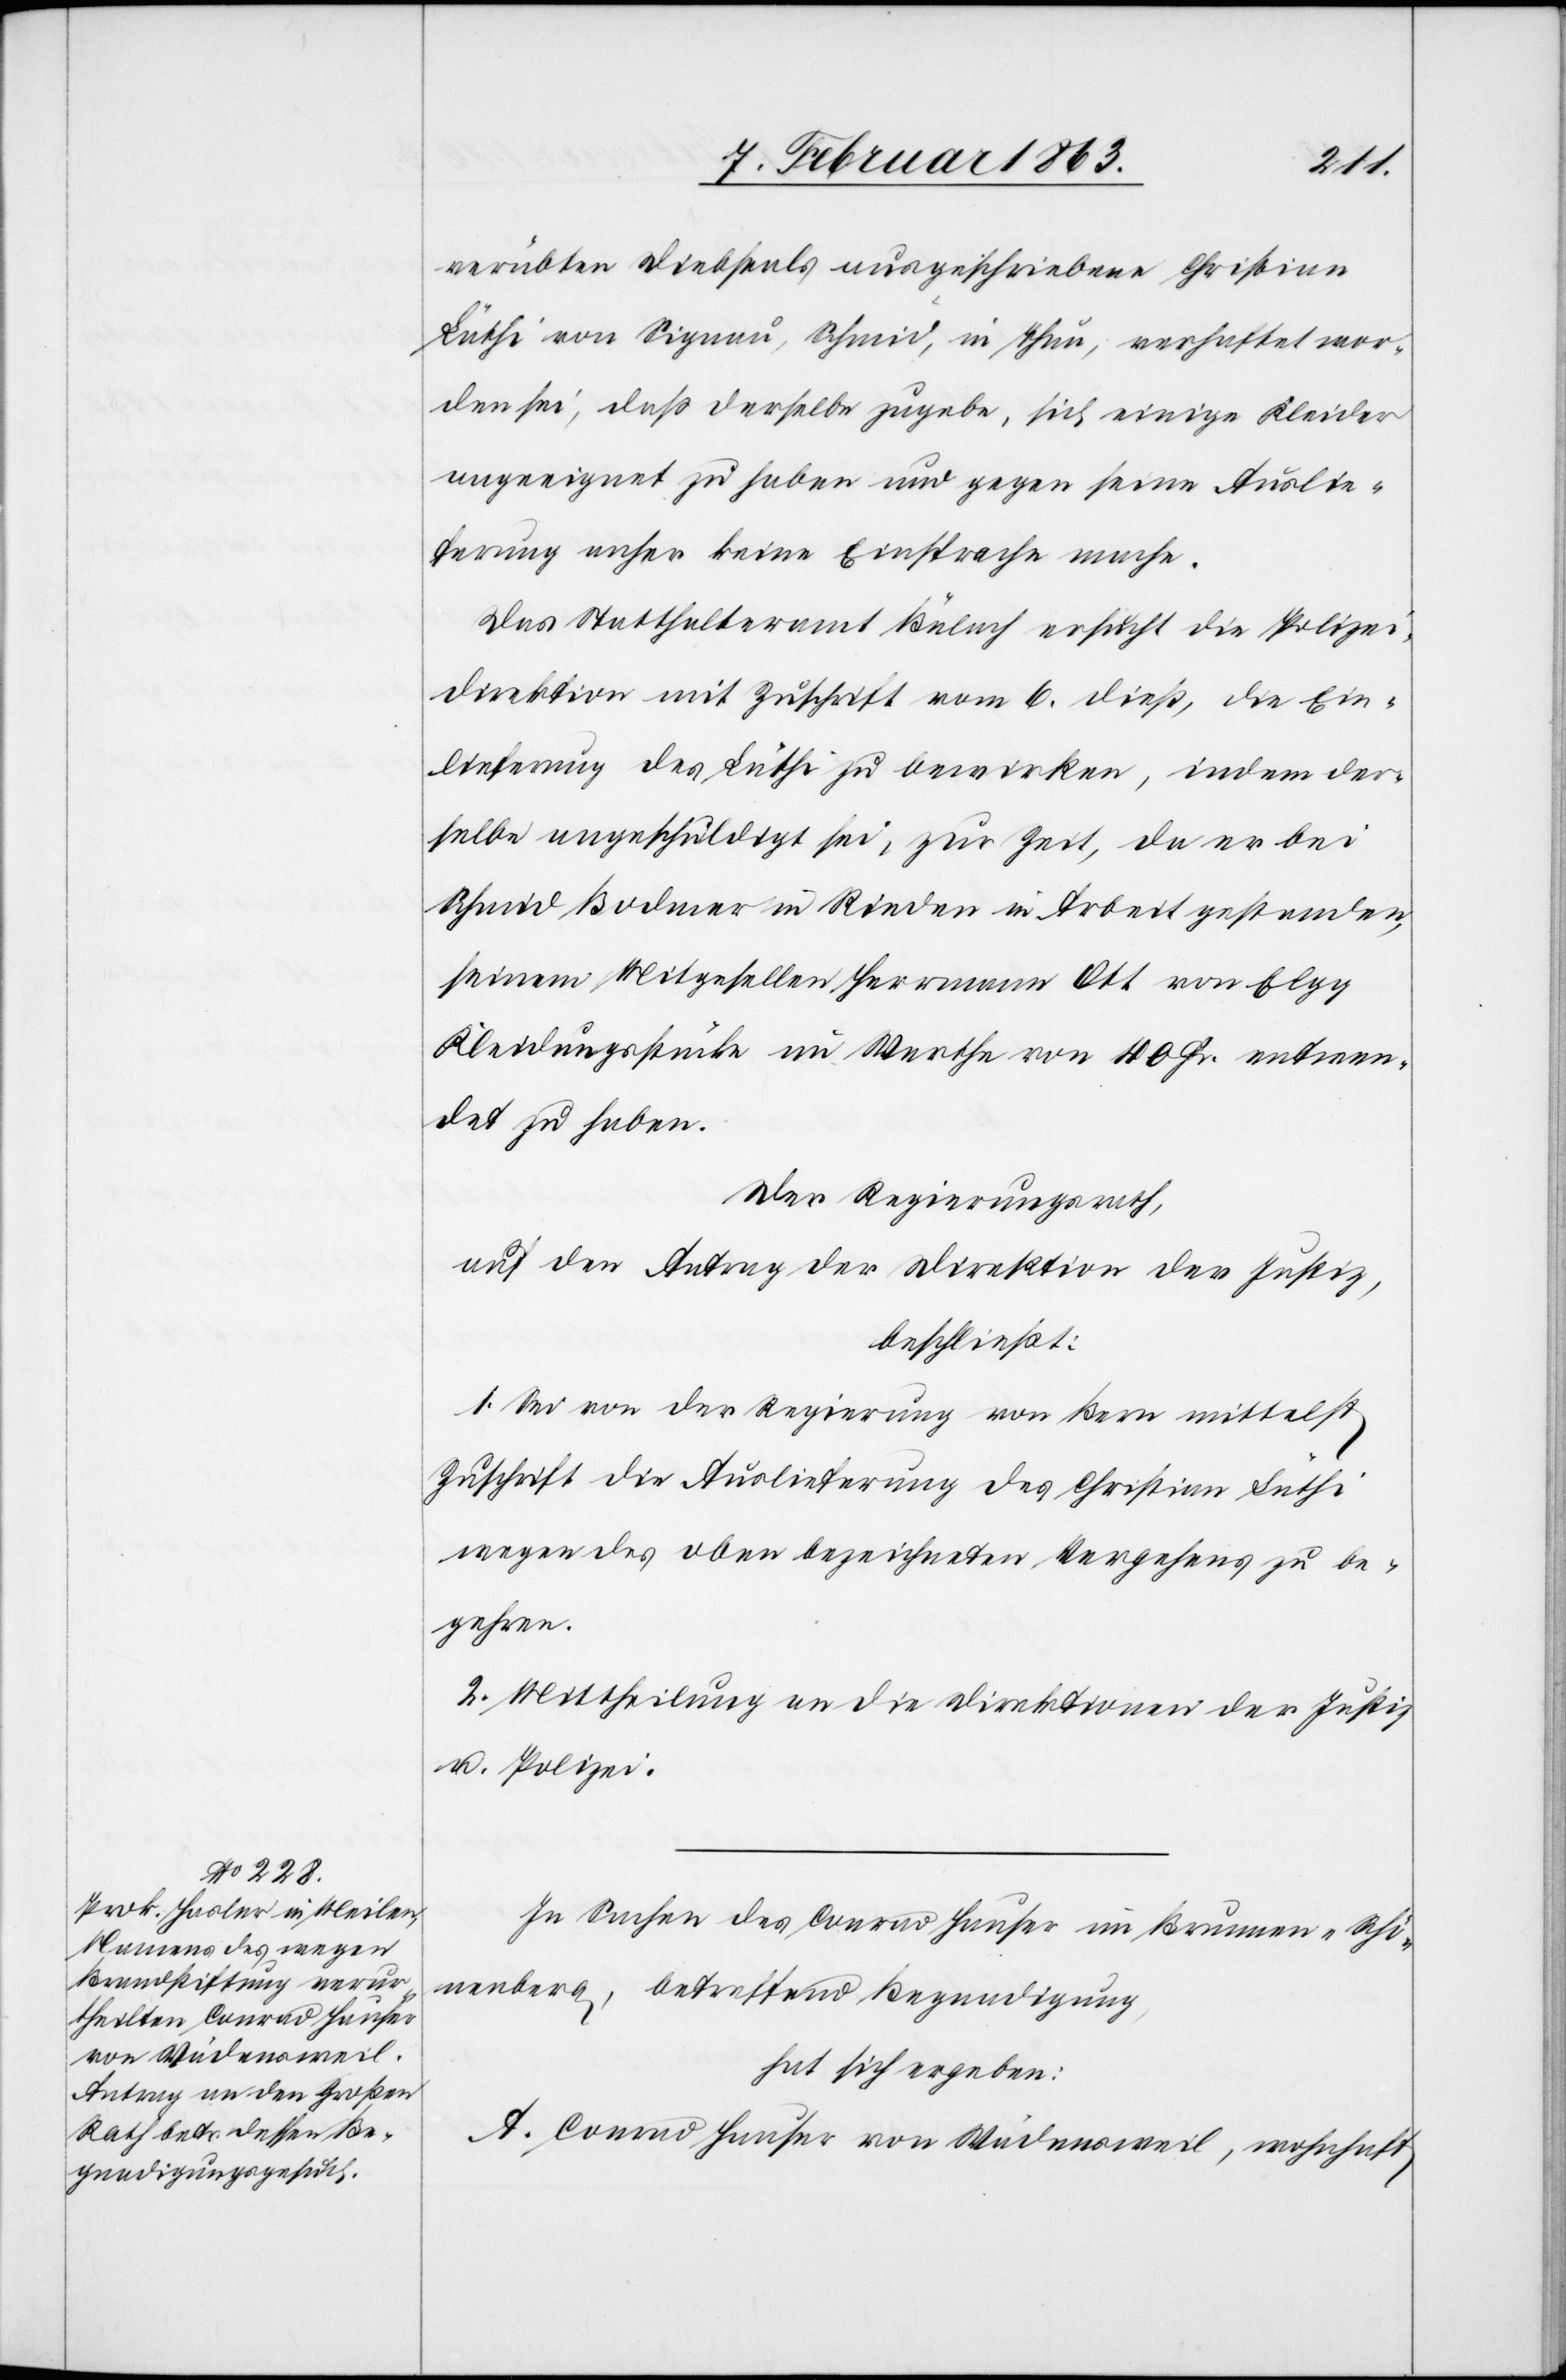
verübten Diebstals ausgeschriebene Christian
Lüthi von Signau, Schmid, in Thun, verhaftet wor¬
den sei, daß derselbe zugebe, sich einige Kleider
angeeignet zu haben und gegen seine Auslie¬
ferung anher keine Einsprache mache.
Das Statthalteramt Bülach ersucht die Polizei¬
direktion mit Zuschrift vom 6. dieß, die Ein¬
lieferung des Lüthi zu bewirken, indem der¬
selbe angeschuldigt sei, zur Zeit, da er bei
Schmid Bodmer in Rieden in Arbeit gestanden,
seinem Mitgesellen Herrmann Ott von Elgg
Kleidungsstücke im Werthe von 100 Fr. entwen¬
det zu haben.
Der Regierungsrath,
auf den Antrag der Direktion der Justiz,
beschließt:
1. Sei von der Regierung von Bern mittelst
Zuschrift die Auslieferung des Christian Lüthi
wegen des oben bezeichneten Vergehens zu be¬
gehren.
2. Mittheilung an die Direktionen der Justiz
u. Polizei.
In Sachen des Conrad Hauser im Brunnen-Schö¬
nenberg, betreffend Begnadigung,
hat sich ergeben:
A. Conrad Hauser von Wädensweil, wohnhaft